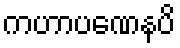
ကဟာပဏေနပိ